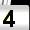
Digit: 4